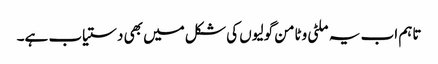
تاہم اب یہ ملٹی وٹامن گولیوں کی شکل میں بھی دستیاب ہے۔